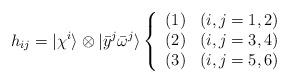
LaTeX: \begin{align*}h_{ij}=|\chi^i\rangle\otimes|{\bar y}^j{\bar \omega}^j\rangle\left\{\begin{array}{ll}(1)& (i,j=1,2)\\(2)& (i,j=3,4)\\(3)& (i,j=5,6)\end{array}\right.\end{align*}